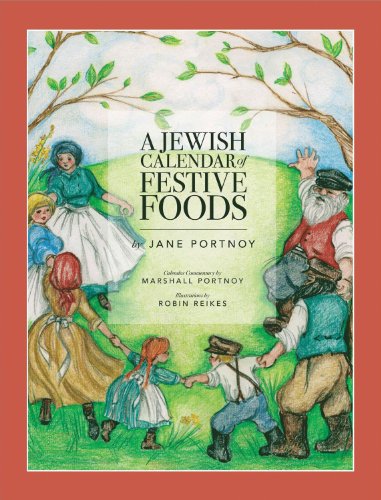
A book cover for A Jewish Calendar of Festive Foods; Jane Portnoy; Cookbooks, Food & Wine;